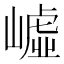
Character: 㠊